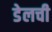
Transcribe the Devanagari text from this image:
डेलची